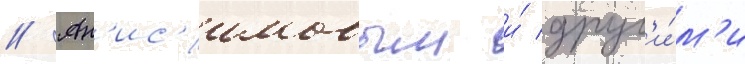
// Ан'ис'имовым и́ друг'и́м'и